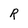
Character: R